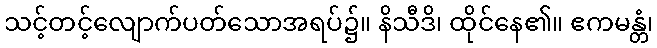
သင့်တင့်လျောက်ပတ်သောအရပ်၌။ နိသီဒိ၊ ထိုင်နေ၏။ ဧကမန္တံ၊